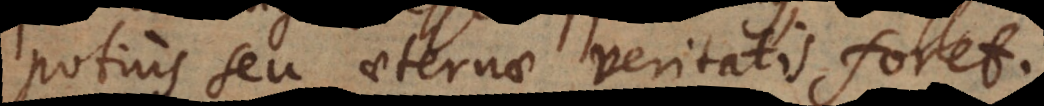
potius seu aeternae veritatis foret.